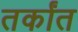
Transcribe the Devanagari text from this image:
तर्कांत